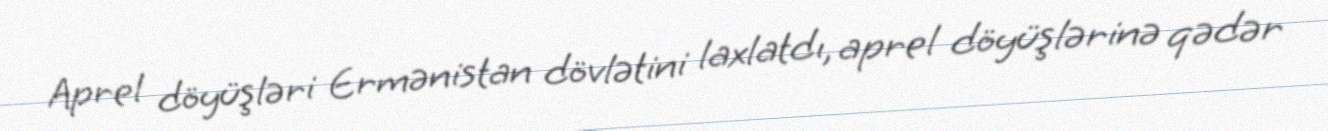
Aprel döyüşləri Ermənistan dövlətini laxlatdı, aprel döyüşlərinə qədər